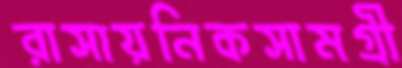
রাসায়নিকসামগ্রী